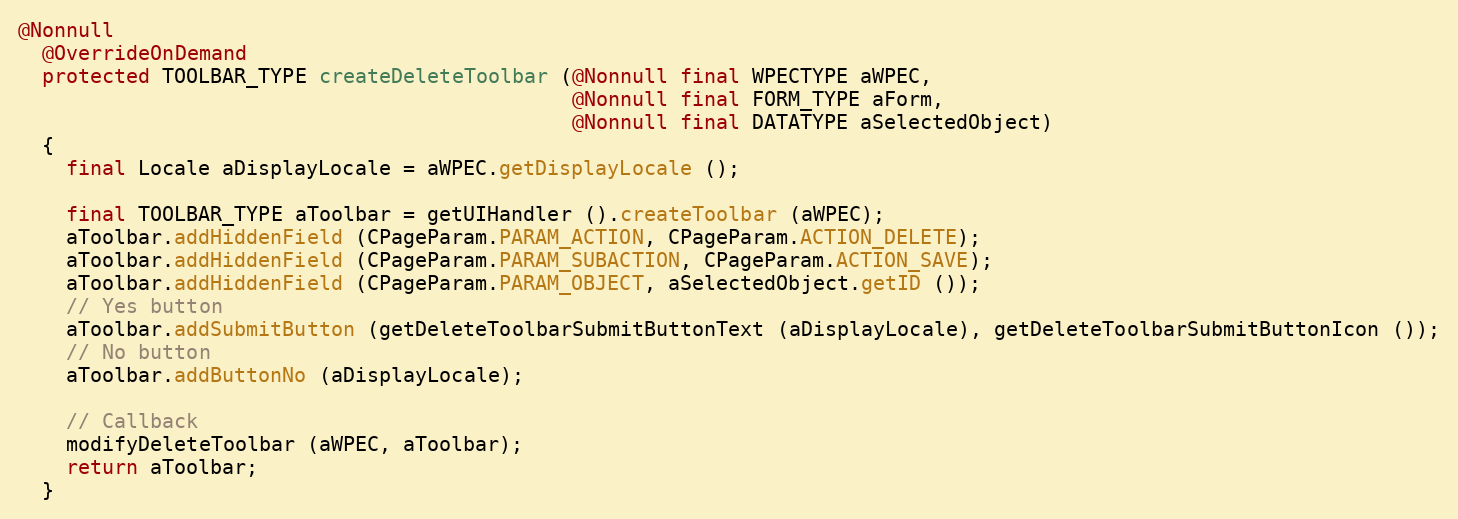
Language: Java
@Nonnull
  @OverrideOnDemand
  protected TOOLBAR_TYPE createDeleteToolbar (@Nonnull final WPECTYPE aWPEC,
                                              @Nonnull final FORM_TYPE aForm,
                                              @Nonnull final DATATYPE aSelectedObject)
  {
    final Locale aDisplayLocale = aWPEC.getDisplayLocale ();

    final TOOLBAR_TYPE aToolbar = getUIHandler ().createToolbar (aWPEC);
    aToolbar.addHiddenField (CPageParam.PARAM_ACTION, CPageParam.ACTION_DELETE);
    aToolbar.addHiddenField (CPageParam.PARAM_SUBACTION, CPageParam.ACTION_SAVE);
    aToolbar.addHiddenField (CPageParam.PARAM_OBJECT, aSelectedObject.getID ());
    // Yes button
    aToolbar.addSubmitButton (getDeleteToolbarSubmitButtonText (aDisplayLocale), getDeleteToolbarSubmitButtonIcon ());
    // No button
    aToolbar.addButtonNo (aDisplayLocale);

    // Callback
    modifyDeleteToolbar (aWPEC, aToolbar);
    return aToolbar;
  }